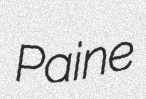
Paine